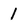
Character: 1